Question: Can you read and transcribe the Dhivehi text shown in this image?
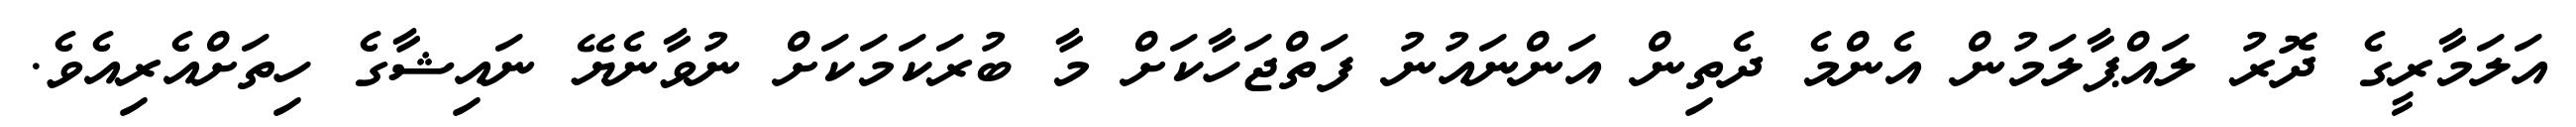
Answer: އަލަމާރީގެ ދޮރު ލައްޕާލަމުން އެންމެ ދެތިން އަންނައުނު ފަތްޖަހާކަށް މާ ބުރަކަމަކަށް ނުވާނެޔޭ ނައިޝާގެ ހިތަށްއެރިއެވެ.